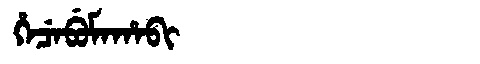
Manchu: ᡥᡝᠴᡝᠪᡠᠮᠠᡥᠠᠪᡳ
Romanization: HECEBUMAHABI